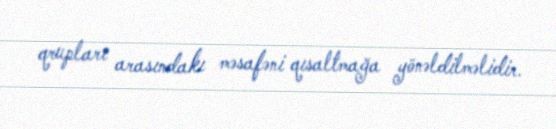
qrupları arasındakı məsafəni qısaltmağa yönəldilməlidir.